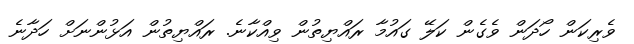
ވެރިކަން ހޯދަން ވެގެން ކަލޭ ގައުމާ ރައްޔިތުން ވިއްކާނެ. ރައްޔިތުން އަޅުންނަށް ހަދާނެ